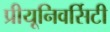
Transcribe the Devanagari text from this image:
प्रीयूनिवर्सिटी